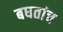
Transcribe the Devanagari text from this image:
बघतांच